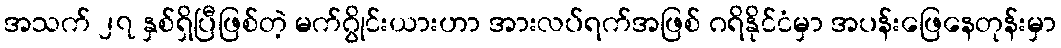
အသက် ၂၇ နှစ်ရှိပြီဖြစ်တဲ့ မက်ဂွိုင်းယားဟာ အားလပ်ရက်အဖြစ် ဂရိနိုင်ငံမှာ အပန်းဖြေနေတုန်းမှာ